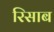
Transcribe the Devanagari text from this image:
रिसाब